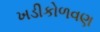
ખડીકોળવણ